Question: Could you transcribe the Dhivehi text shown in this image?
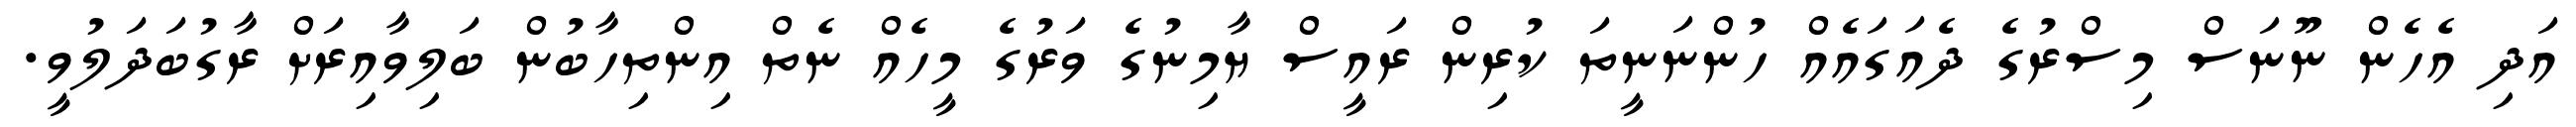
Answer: އަދި އެހެން ނޫނަސް މިސްރުގެ ދެއަގައެއް ހުންނަނީތަ ކުރިން ރައީސް ޔާމިނުގެ ވަރުގެ މީހެއް ނެތް އިންތިހާބުން ބަލިވާއިރަށް ރާގުބަދަލުވީ.